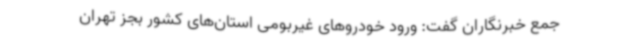
جمع خبرنگاران گفت: ورود خودروهای غیربومی استان‌های کشور بجز تهران